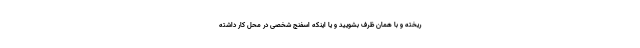
ریخته و با همان ظرف بشویید و یا اینکه اسفنج شخصی در محل کار داشته